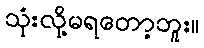
သုံးလို့မရတော့ဘူး။